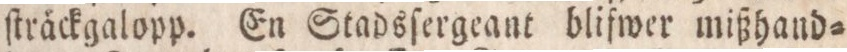
ſträckgalopp. En Stadsſergeant blifwer mißhand=